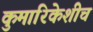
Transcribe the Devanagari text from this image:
कुमारिकेशीच